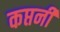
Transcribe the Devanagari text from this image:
कप्तनी